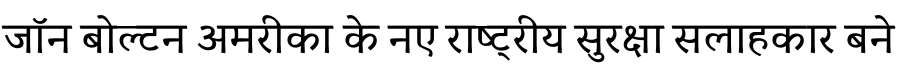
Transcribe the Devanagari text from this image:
जॉन बोल्टन अमरीका के नए राष्ट्रीय सुरक्षा सलाहकार बने